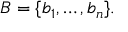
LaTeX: B = \{ b _ { 1 } , \ldots , b _ { n } \} .